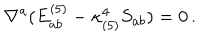
LaTeX: \nabla ^ { a } ( E _ { a b } ^ { ( 5 ) } - \kappa _ { ( 5 ) } ^ { 4 } S _ { a b } ) = 0 \, .